Reports on dispensaries and lunatic asylums in the Province of Oudh - 1869-1876
Year: 1869
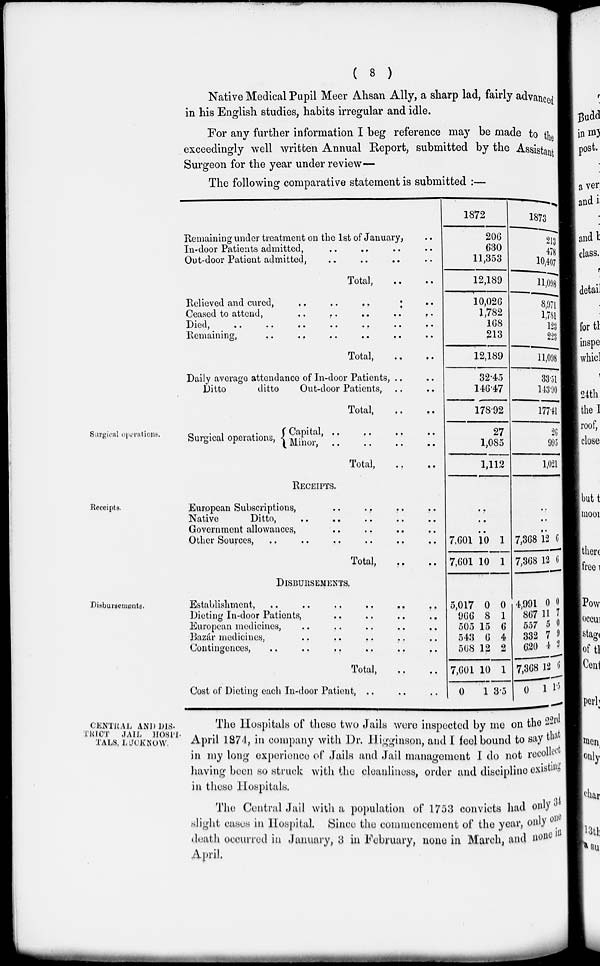
( 8 )
Native Medical Pupil Meer Ahsan Ally, a sharp lad, fairly advanced
in his English studies, habits irregular and idle.
For any further information I beg reference may be made to the
exceedingly well written Annual Report, submitted by the Assistant
Surgeon for the year under review—
The following comparative statement is submitted :—
Remaining under treatment on the 1st of January, ..
In-door Patients admitted, .. .. .. ..
Out-door Patient admitted, .. .. .. ..
Total, .. ..
Relieved and cured,
..
..
..
..
Ceased to attend,
..
..
..
..
..
Died, .. .. .. .. ..
Remaining, .. .. .. .. ..
Total, .. ..
Daily average attendance of In-door Patients, .. ..
Ditto
ditto
Out-door Patients, .. ..
Total, .. ..
1872
206
630
11,353
12,189
10,026
1,782
168
213
12,189
32.45
146.47
178.92
1873
213
478
10,407
11,098
8,971
1,781
123
223
11,098
33.51
143.90
177.41
Surgical
operations.
Surgical operations,
Capital,
..
..
..
..
Minor,
..
..
..
..
Total,
..
..
27
1,085
1,112
26
995
1,021
Receipts.
RECEIPTS.
European Subscriptions, .. .. .. ..
Native
Ditto, .. .. .. ..
Government allowances. .. .. .. ..
Other Sources, .. .. .. ..
Total, .. ..
..
..
..
7,601
7,601
10
10
1
1
..
..
..
7,368
7,368
12
12
6
6
Disbursements.
DISBURSEMENTS.
Establishment, .. .. .. .. .. ..
Dieting In-door Patients, .. .. .. ..
European medicines, .. .. .. ..
Bazár medicines, .. .. .. ..
Contingences, .. .. .. .. ..
Total, .. ..
Cost of Dieting each In-door Patient, .. ..
5,017
966
505
543
568
7,601
0
0
8
15
6
12
10
1
0
1
6
4
2
1
3.5
4,991
867
557
332
620
7,368
0
0
11
5
7
4
12
1
0
7
0
9
2
6
1.5
CENTRAL AND DIS-
TRICT JAIL HOSPI-
TALS, LUCKNOW.
The Hospitals of these two Jails were inspected by me on the 22rd
April 1874, in company with Dr. Higginson, and I feel bound to say that
in my long experience of Jails and Jail management I do not recollect
having been so struck with the cleanliness, order and discipline existing
in these Hospitals.
The Central Jail with a population of 1753 convicts had only 34
slight cases in Hospital. Since the commencement of the year, only one
death occurred in January, 3 in February, none in March and none in
April.